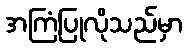
အကြံပြုလိုသည်မှာ